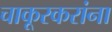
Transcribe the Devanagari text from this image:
चाकूरकरांना